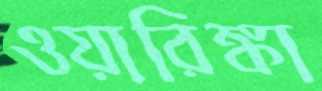
ওয়ারিঙ্কা